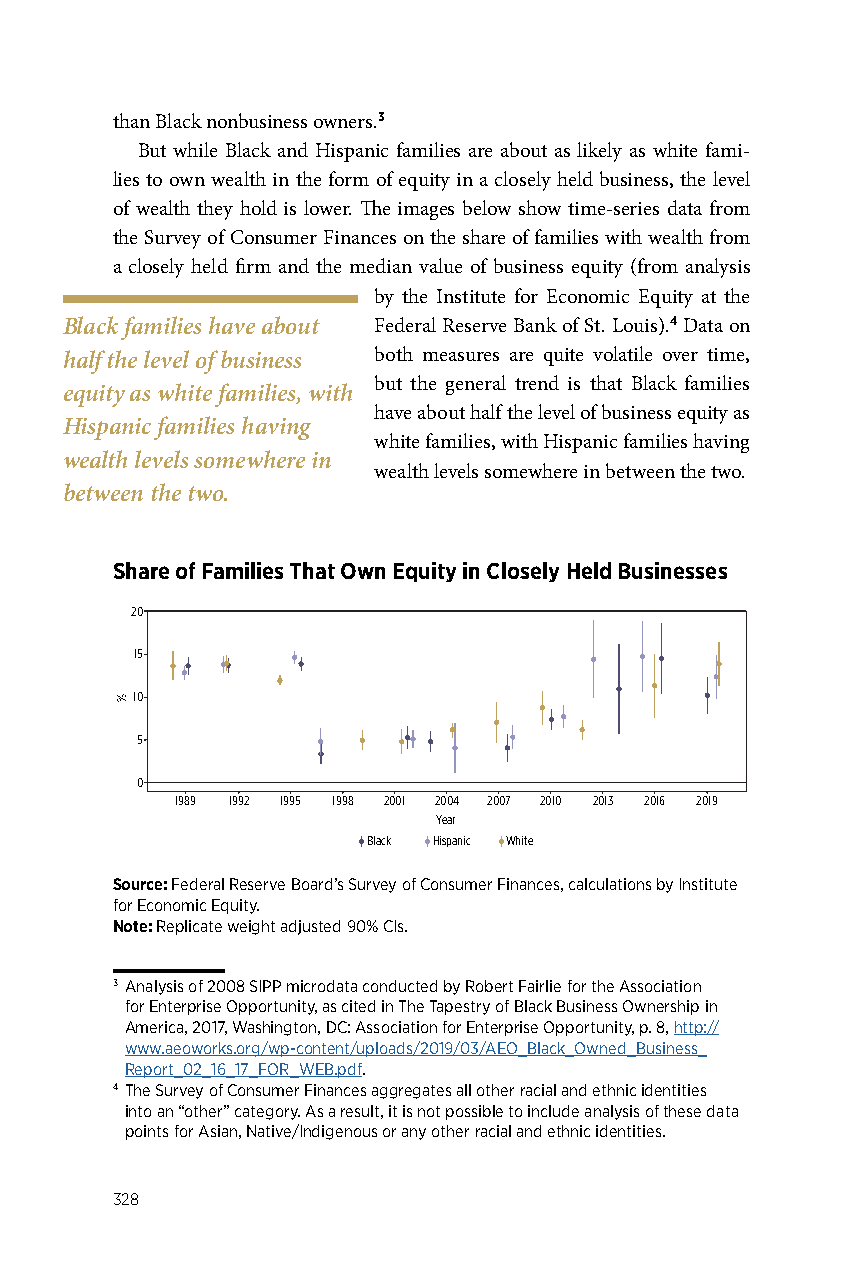
than Black nonbusiness owners.3
 But while Black and Hispanic families are about as likely as white fami-
 lies to own wealth in the form of equity in a closely held business, the level
 of wealth they hold is lower. The images below show time-series data from
 the Survey of Consumer Finances on the share of families with wealth from
 a closely held firm and the median value of business equity (from analysis
 by the Institute for Economic Equity at the
 Black families have about Federal Reserve Bank of St. Louis).4 Data on
 half the level of business both measures are quite volatile over time,
 but the general trend is that Black families
 equity as white families, with
 have about half the level of business equity as
 Hispanic families having
 white families, with Hispanic families having
 wealth levels somewhere in
 wealth levels somewhere in between the two.
 between the two.
 Share of Families That Own Equity in Closely Held Businesses
 20
 15
 10
 5
 0
 1989 1992 1995 1998 2001 2004 2007 2010 2013 2016 2019
 Year
 Black Hispanic White
 Source: Federal Reserve Board’s Survey of Consumer Finances, calculations by Institute
 for Economic Equity.
 Note: Replicate weight adjusted 90% CIs.
 3 Analysis of 2008 SIPP microdata conducted by Robert Fairlie for the Association
 for Enterprise Opportunity, as cited in The Tapestry of Black Business Ownership in
 America, 2017, Washington, DC: Association for Enterprise Opportunity, p. 8, http://
 www.aeoworks.org/wp-content/uploads/2019/03/AEO_Black_Owned_Business_
 Report_02_16_17_FOR_WEB.pdf.
 4 The Survey of Consumer Finances aggregates all other racial and ethnic identities
 into an “other” category. As a result, it is not possible to include analysis of these data
 points for Asian, Native/Indigenous or any other racial and ethnic identities.
 328
 %